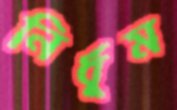
নির্ধূম